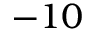
- 1 0